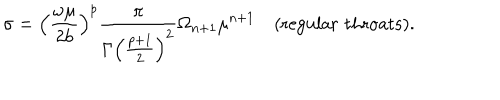
\sigma = \left( { \frac { \omega \mu } { 2 b } } \right) ^ { p } { \frac { \pi } { \Gamma \left( { \frac { p + 1 } { 2 } } \right) ^ { 2 } } } \Omega _ { n + 1 } \mu ^ { n + 1 } \quad \mathrm { ( r e g u l a r \, \, t h r o a t s ) } .